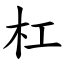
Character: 杠